Leaving Certificate Examination, 1912. Written examination, 1912
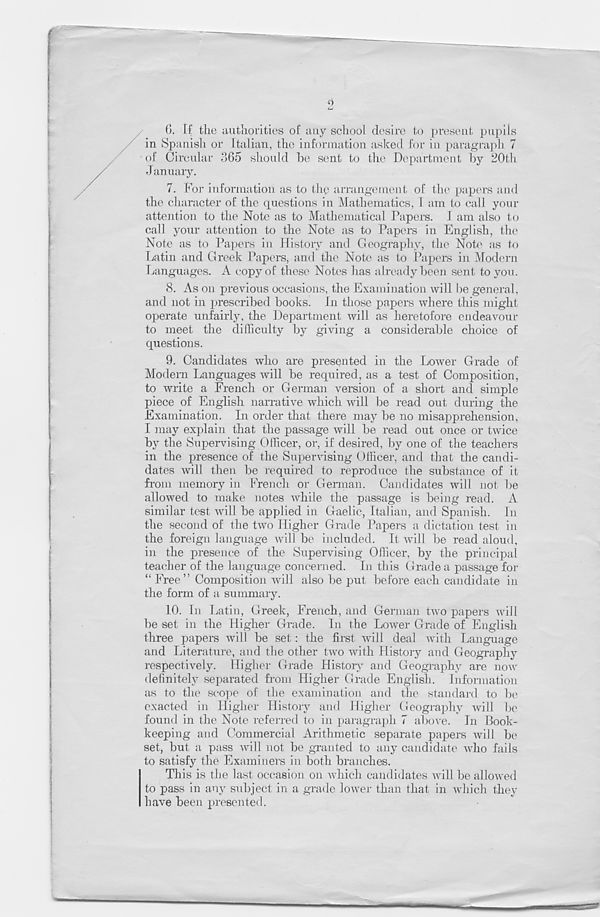
o
Ui
6. fC the authorities of any school desire to present pupils
in Spanish or Italian, the information asked for in paragraph 7
of Circular 365 should be sent to the Department by 20th
January.
7. For information as to the arrangement of the papers and
the character of the questions in Mathematics, 1 am to call your
attention to the Note as to Mathematical Papers. 1 am also to
call your attention to the Note as to Papers in English, the
Note as to Papers in History and Geography, the Note as to
Latin and Greek Papers, and the Note as to Papers in Modern
Languages. A copy of these Notes lias already been sent to you.
8. As on previous occasions, the Examination will be general,
and not in prescribed books. In those papers where this might
operate unfairly, the Department will as heretofore endeavour
to meet the difficulty by giving a considerable choice of
questions.
9. Candidates who are presented in the Lower Grade of
Modern Languages will be required, as a test of Composition,
to write a French or German version of a short and simple
piece of English narrative which will be read out during the
Examination. In order that there may be no misapprehension,
I may explain that the passage will be read out once or twice
by the Supervising Officer, or, if desired, by one of the teachers
in the presence of the Supervising Officer, and that the candi-
dates will then be required to reproduce the substance of it
from memory in French or German. Candidates will not be
allowed to make notes while the passage is being read. A
similar test will be applied in Gaelic, Italian, and Spanish. In
the second of the two Higher Grade Papers a dictation test in
the foreign language will be included. It will be read aloud,
in the presence of the Supervising Officer, by the principal
teacher of the language concerned. In this Grade a passage for
“ Free” Composition will also be put before each candidate in
the form of a summary.
10. In Latin, Greek, French, and German two papers will
be set in the Higher Grade. In the Lower Grade of English
three papers will be set: the first will deal with Language
and Literature, and the other two with History and Geography
respectively. Higher Grade History and Geography are now
definitely separated from Higher Grade English. Information
as to the scope of the examination and the standard to be
exacted in Higher History and Higher Geography will be
found in the Note referred to in paragraph 7 above. In Book-
keeping and Commercial Arithmetic separate papers will be
set, but a pass will not be granted to any candidate who fails
to satisfy the Examiners in both branches.
This is the last occasion on which candidates will be allowed
to pass in any subject in a grade lower than that in which they
have been presented.